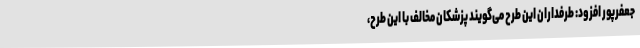
جعفرپور افزود: طرفداران این طرح می‌گویند پزشکان مخالف با این طرح،